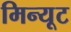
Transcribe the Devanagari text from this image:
मिन्यूट